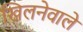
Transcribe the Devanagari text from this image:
खिलनेवाले